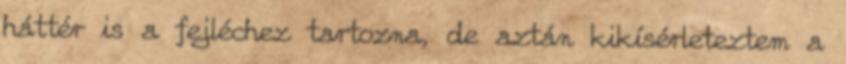
háttér is a fejléchez tartozna, de aztán kikísérleteztem a